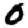
Digit: 0